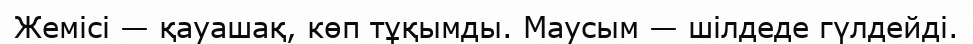
Жемісі — қауашақ, көп тұқымды. Маусым — шілдеде гүлдейді.